Punjab Mental Hospital Lahore 1922-31 - 1922-1931
Year: 1922
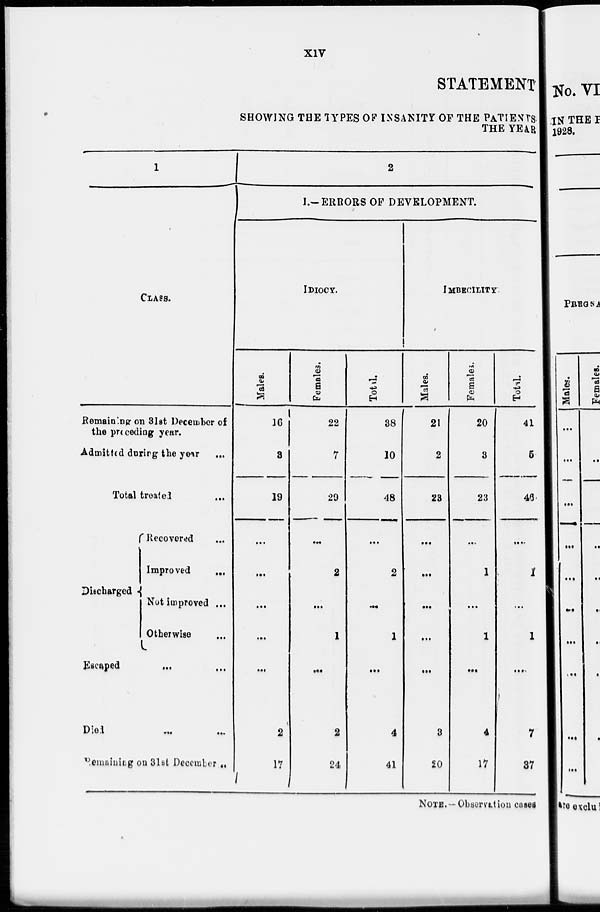
XIV
STATEMENT
SHOWING THE TYPES OF INSANITY OF THE PATIENTS
THE YEAR
1
CLASS.
Remaining on 31st December of
the preceding year.
Admitted during the year ...
Total treated ...
Discharged.
Recovered ...
Improved
...
Not improved ...
Otherwise
...
Escaped ... ...
Died
...
...
Remaining on 31st December ...
2
I.-ERRORS OF DEVELOPMENT.
IDIOCY.
Males.
16
3
19
...
...
...
...
...
2
17
Females.
22
7
29
...
2
...
1
...
2
24
Total.
38
10
48
...
2
...
1
...
4
41
IMBECITY.
Males.
21
2
23
...
...
...
...
...
3
20
Females.
20
3
23
...
1
...
1
...
4
17
Total.
41
5
46
...
1
...
1
...
7
37
NOTE.-Observation cases